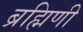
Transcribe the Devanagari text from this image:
ब्रह्मिणी